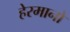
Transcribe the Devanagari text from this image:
हेरमानो